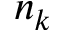
n _ { k }